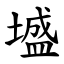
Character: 墭